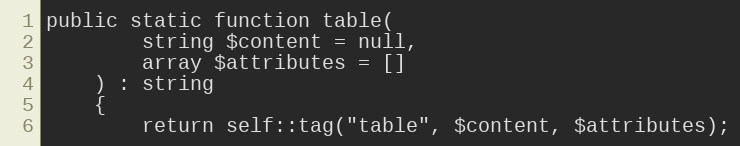
Language: PHP
public static function table(
        string $content = null,
        array $attributes = []
    ) : string
    {
        return self::tag("table", $content, $attributes);